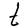
Character: t